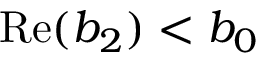
\mathrm { R e } ( b _ { 2 } ) < b _ { 0 }